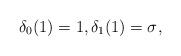
LaTeX: \begin{align*}\delta_{0}(1)&=1 ,\delta_{1}(1)=\sigma^{},\end{align*}